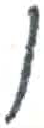
אות: ו